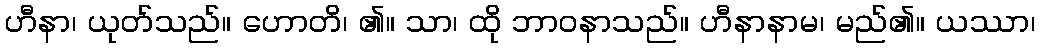
ဟီနာ၊ ယုတ်သည်။ ဟောတိ၊ ၏။ သာ၊ ထို ဘာဝနာသည်။ ဟီနာနာမ၊ မည်၏။ ယဿာ၊